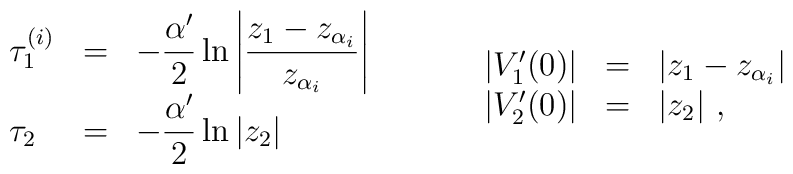
\begin{array}{lll}\tau_1^{(i)} & = & \displaystyle{- \frac{\alpha'}{2} \ln \left| \frac{z_1-z_{\alpha_i}}{z_{\alpha_i}} \right|} \\\tau_2 & = & \displaystyle{- \frac{\alpha'}{2} \ln \vert z_2 \vert }\end{array} \ \ \ \ \ \ \ \ \begin{array}{lll}\vert V_1'(0) \vert & = & \vert z_1 - z_{\alpha_i} \vert \\\vert V_2'(0) \vert & = & \vert z_2 \vert \ ,\end{array}